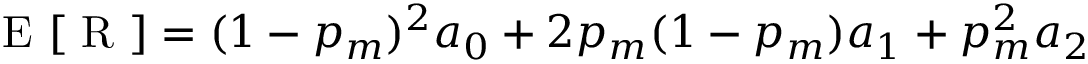
\mathrm { ~ E ~ } [ \mathrm { ~ R ~ } ] = ( 1 - p _ { m } ) ^ { 2 } a _ { 0 } + 2 p _ { m } ( 1 - p _ { m } ) a _ { 1 } + p _ { m } ^ { 2 } a _ { 2 }